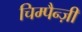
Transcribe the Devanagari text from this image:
चिम्पैन्ज़ी